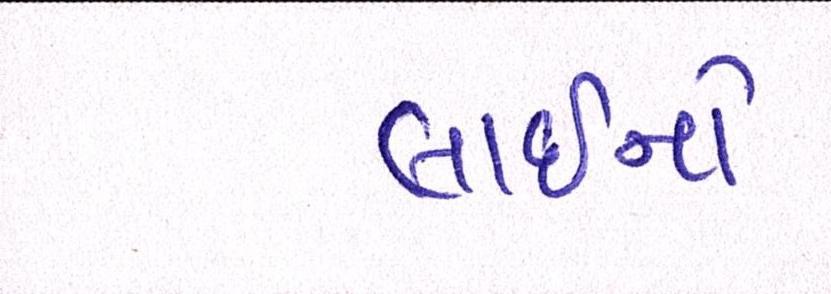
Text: લાઇનો